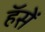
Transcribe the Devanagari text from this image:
हॅसें